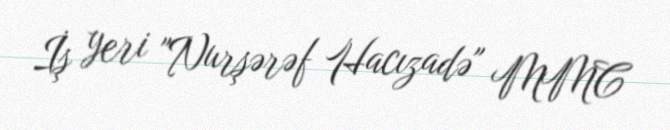
İş yeri "Nurşərəf Hacızadə" MMC